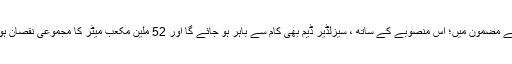
رائے مضمون میں؛ اس منصوبے کے ساتھ ، سیزلڈیر ڈیم بھی کام سے باہر ہو جائے گا اور 52 ملین مکعب میٹر کا مجموعی نقصان ہوگا۔